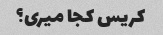
کریس کجا میری؟